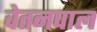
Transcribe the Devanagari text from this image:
वेतनपाल